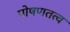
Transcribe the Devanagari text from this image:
पोषणतत्व